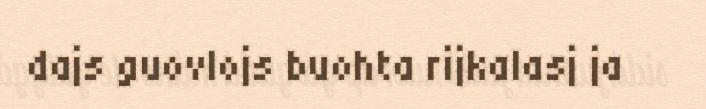
dajs guovlojs buohta rijkalasj ja